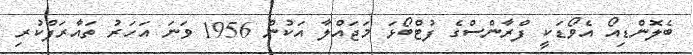
ބެލޮންޑިއޯ އެވޯޑަކީ ފްރާންސްގެ ފުޓްބޯޅަ މަޖައްލާ އަކުން 1956 ވަނަ އަހަރު ތައާރަފްކުރި